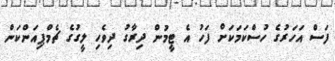
ފަސް އަހަރުގެ ހުސްކަމަކަށް ފަހު އެ ޓީމުން ދިރާގު ދިވެހި ލީގުގެ ޗެމްޕިއަންކަން